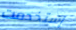
إستخدمت